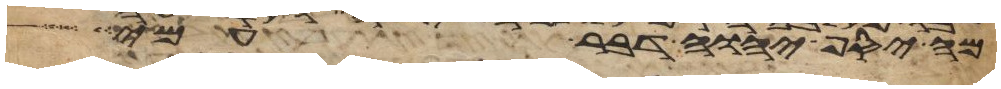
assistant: מה יסף יהוה דבר עמי